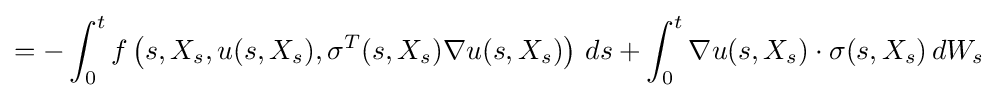
=-\int _{0}^{t}f\left(s,X_{s},u(s,X_{s}),\sigma ^{T}(s,X_{s})\nabla u(s,X_{s})\right)\,ds+\int _{0}^{t}\nabla u(s,X_{s})\cdot \sigma (s,X_{s})\,dW_{s}